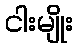
ငါးမျိုး